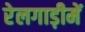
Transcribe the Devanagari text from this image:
रेलगाड़ीमें